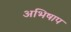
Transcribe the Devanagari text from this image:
अभिषाप